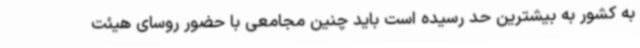
به کشور به بیشترین حد رسیده است باید چنین مجامعی با حضور روسای هیئت